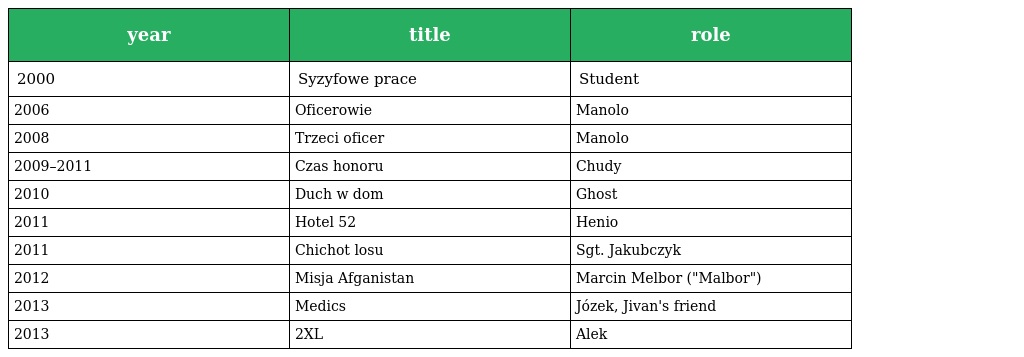
| year | title | role |
 | --- | --- | --- |
 | 2000 | Syzyfowe prace | Student |
 | 2006 | Oficerowie | Manolo |
 | 2008 | Trzeci oficer | Manolo |
 | 2009–2011 | Czas honoru | Chudy |
 | 2010 | Duch w dom | Ghost |
 | 2011 | Hotel 52 | Henio |
 | 2011 | Chichot losu | Sgt. Jakubczyk |
 | 2012 | Misja Afganistan | Marcin Melbor ("Malbor") |
 | 2013 | Medics | Józek, Jivan's friend |
 | 2013 | 2XL | Alek |